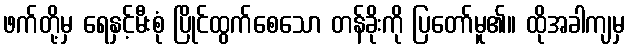
ဖက်တို့မှ ရေနှင့်မီးစုံ ပြိုင်ထွက်စေသော တန်ခိုးကို ပြတော်မူ၏။ ထိုအခါကျမှ